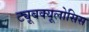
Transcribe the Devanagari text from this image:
ट्यूबक्यूलोसिस